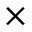
\times